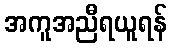
အကူအညီရယူရန်